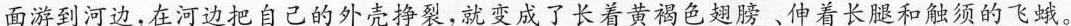
面游到河边，在河边把自己的外壳挣裂，就变成了长着黄褐色翅膀﹑伸着长腿和触须的飞蛾。